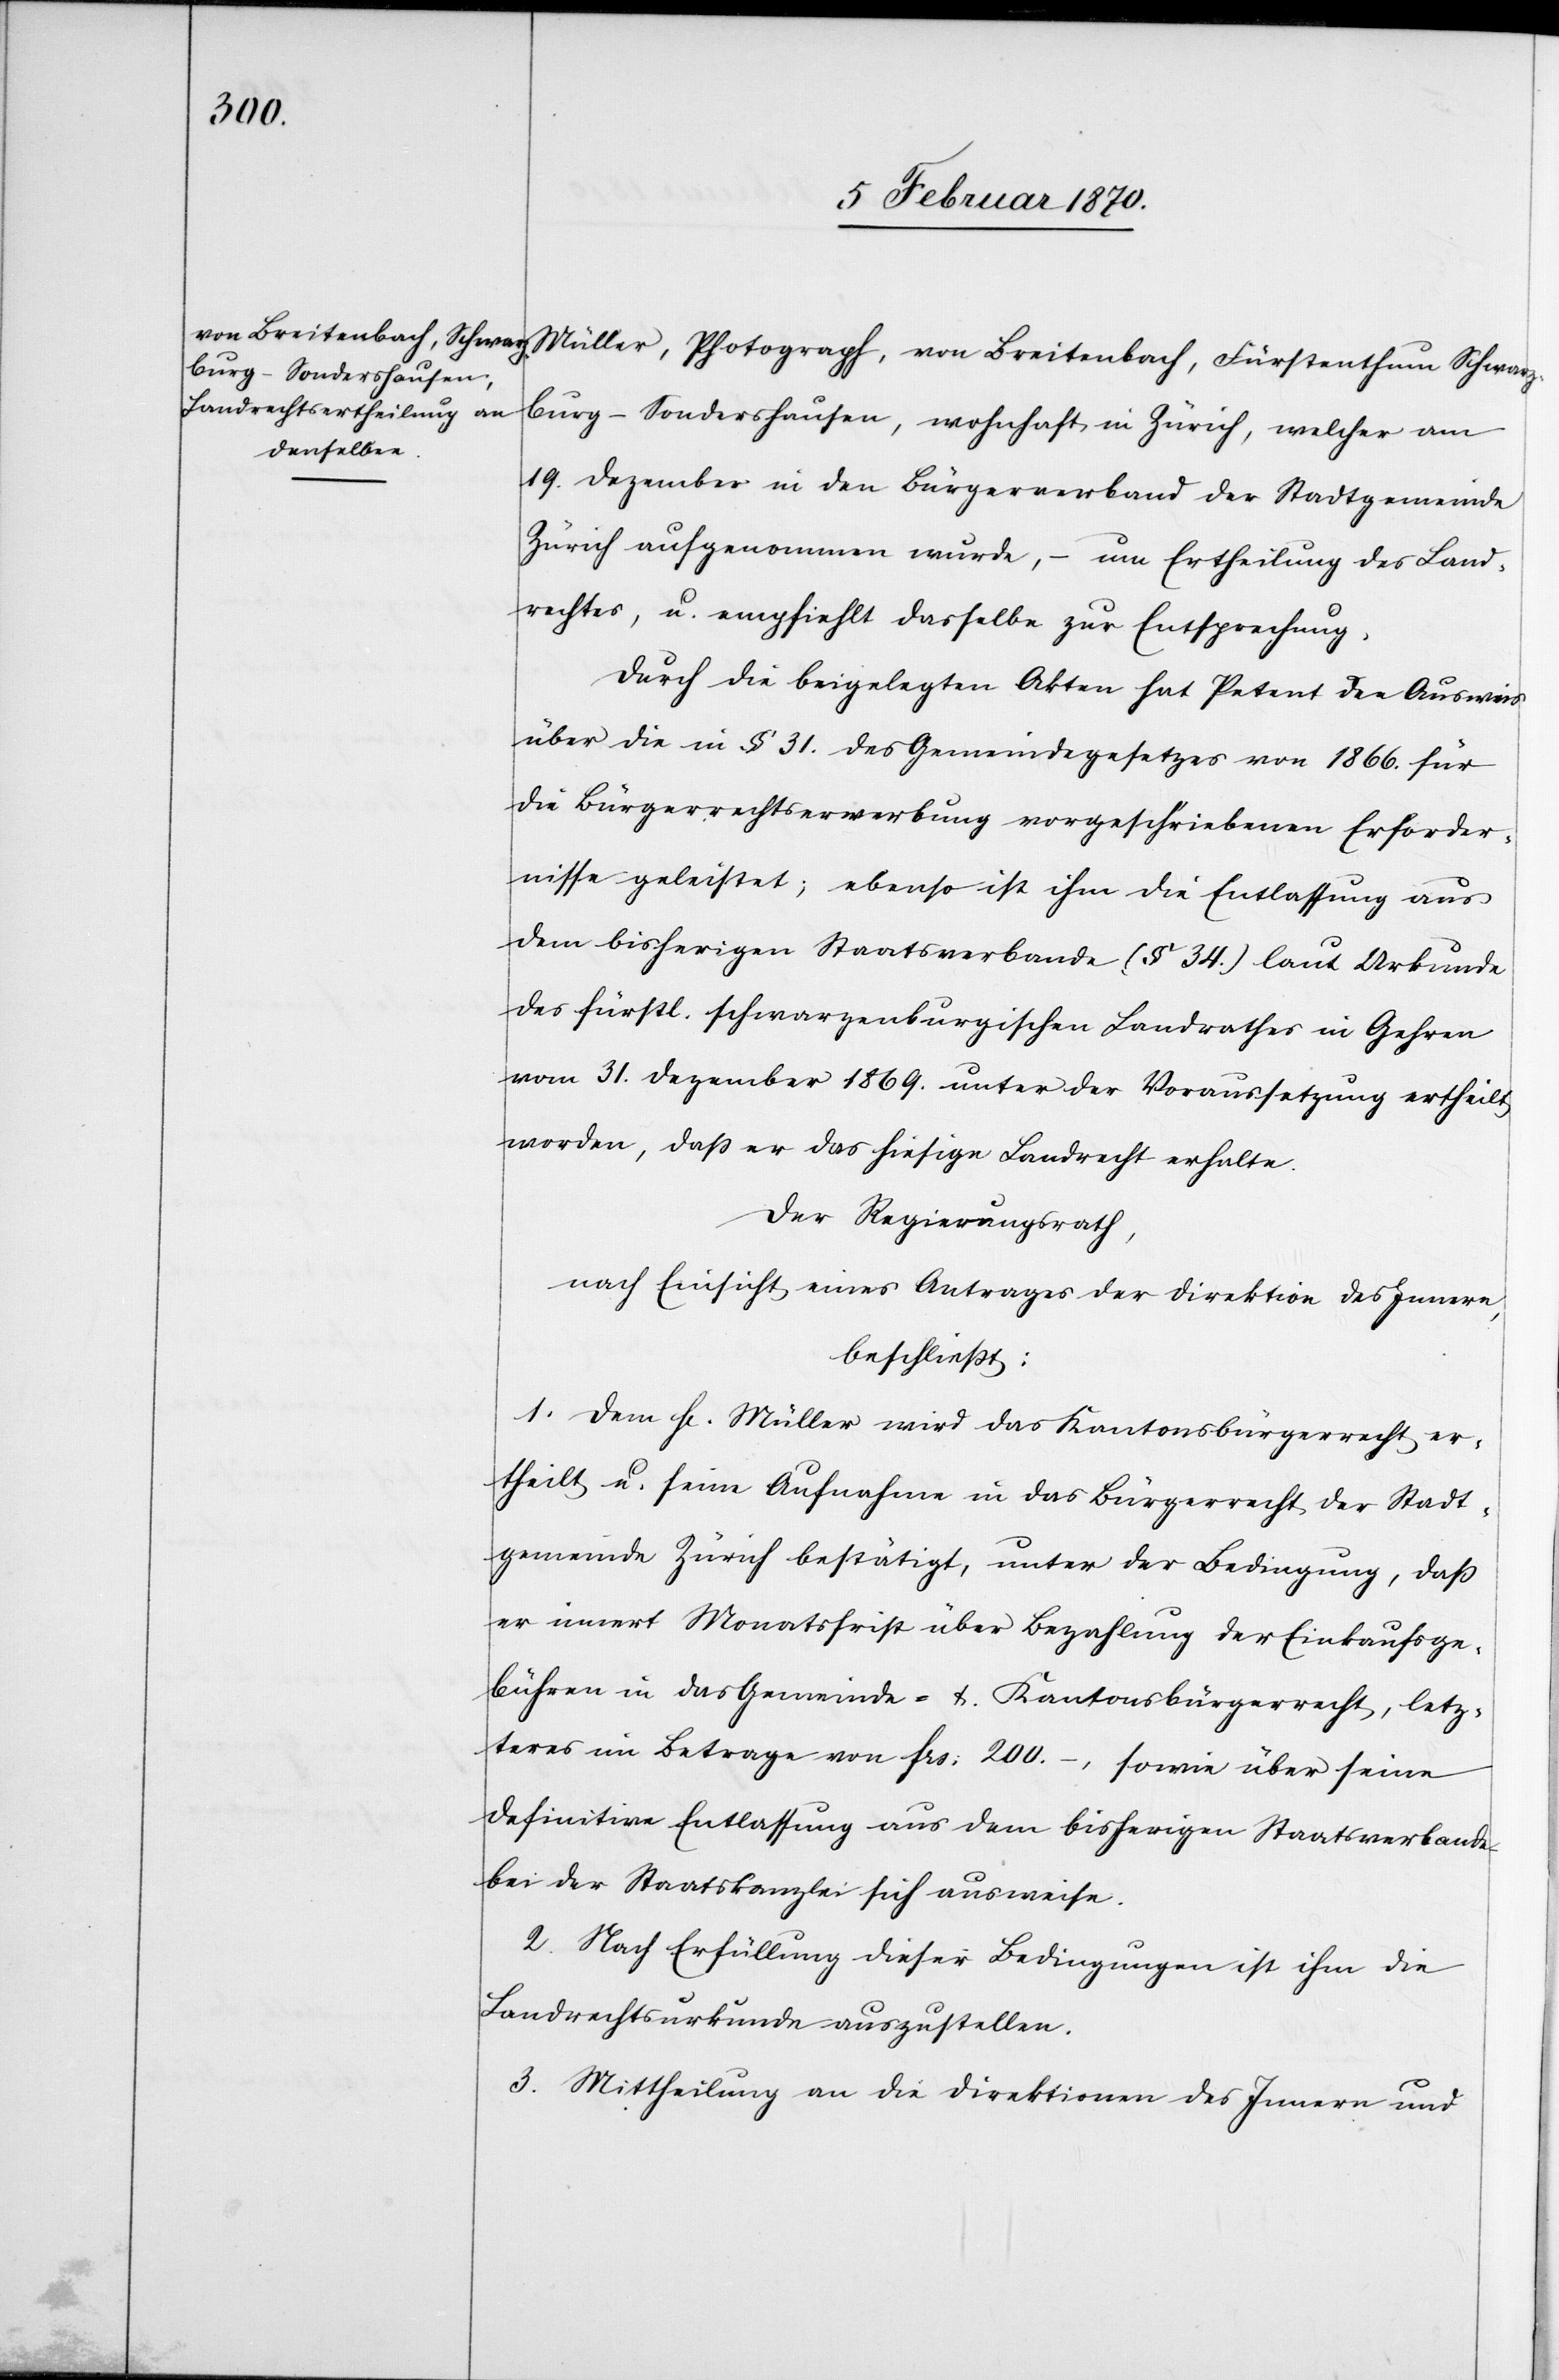
Müller, Photograph, von Breitenbach, Fürstenthum Schwarz¬
burg-Sondershausen, wohnhaft in Zürich, welcher am
19. Dezember in den Bürgerverband der Stadtgemeinde
Zürich aufgenommen wurde, – um Ertheilung des Land¬
rechtes, u. empfiehlt dasselbe zur Entsprechung.
Durch die beigelegten Akten hat Petent den Ausweis
über die in § 31. des Gemeindegesetzes von 1866. für
die Bürgerrechtserwerbung vorgeschriebenen Erforder¬
nisse geleistet; ebenso ist ihm die Entlassung aus
dem bisherigen Staatsverbande (§ 34.) laut Urkunde
des fürstl. schwarzenburgischen Landrathes in Gehren
vom 31. Dezember 1869. unter der Voraussetzung ertheilt
worden, dass er das hiesige Landrecht erhalte.
Der Regierungsrath,
nach Einsicht eines Antrages der Direktion des Innern,
beschliesst:
1. Dem H[errn] Müller wird das Kantonsbürgerrecht er¬
theilt u. seine Aufnahme in das Bürgerrecht der Stadt¬
gemeinde Zürich bestätigt, unter der Bedingung, daß
er innert Monatsfrist über Bezahlung der Einkaufsge¬
bühren in das Gemeinde- & Kantonsbürgerrecht, letz¬
teres im Betrage von frs: 200.–,
sowie über seine
definitive Entlassung aus dem bisherigen Staatsverbande
bei der Staatskanzlei sich ausweise.
2. Nach Erfüllung dieser Bedingungen ist ihm die
Landrechtsurkunde auszustellen.
3. Mittheilung an die Direktionen des Innern und